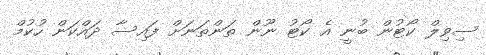
ސިވިލް ކޯޓުން ބުނީ އެ ކޯޓު ނޫން ތަންތަނަށް ފައިސާ ދައްކަން ހުކުމް